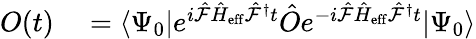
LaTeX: \begin{array}{rl}{O(t)}&{{}=\langle\Psi_{0}|e^{i\hat{\mathcal{F}}\hat{H}_{\mathrm{eff}}\hat{\mathcal{F}}^{\dagger}t}\hat{O}e^{-i\hat{\mathcal{F}}\hat{H}_{\mathrm{eff}}\hat{\mathcal{F}}^{\dagger}t}|\Psi_{0}\rangle}\end{array}